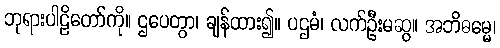
ဘုရားပါဠိတော်ကို။ ဌပေတွာ၊ ချန်ထား၍။ ပဌမံ၊ လက်ဦးမဆွ။ အဘိဓမ္မေ၊